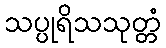
သပ္ပုရိသသုတ္တံ